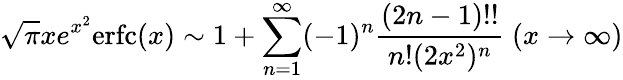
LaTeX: {\sqrt{\pi}}xe^{x^{2}}\mathrm{{erfc}}(x)\sim 1+\sum_{n=1}^{\infty}(-1)^{n}{\frac{(2n-1)!!}{n!(2x^{2})^{n}}}\ (x\to\infty)